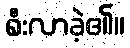
စီးလာခဲ့၏။